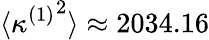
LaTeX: \langle{\kappa^{(1)}}^{2}\rangle\approx 2034.16